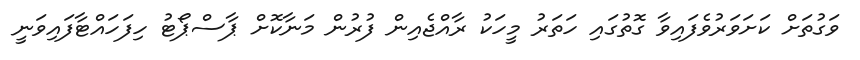
ވަގުތަށް ކަށަވަރުވެފައިވާ ގޮތުގައި ހަތަރު މީހަކު ރާއްޖެއިން ފުރުން މަނާކޮށް ޕާސްޕޯޓު ހިފަހައްޓާފައިވަނީ